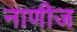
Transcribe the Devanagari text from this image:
नाणीज